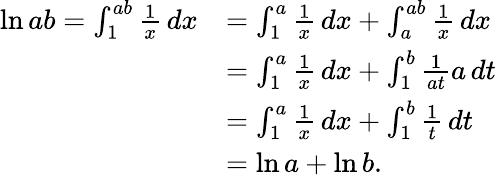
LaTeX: {\begin{array}{rl}{\ln ab=\int_{1}^{ab}{\frac{1}{x}}\, dx}&{=\int_{1}^{a}{\frac{1}{x}}\, dx+\int_{a}^{ab}{\frac{1}{x}}\, dx}\\ &{=\int_{1}^{a}{\frac{1}{x}}\, dx+\int_{1}^{b}{\frac{1}{at}}a\, dt}\\ &{=\int_{1}^{a}{\frac{1}{x}}\, dx+\int_{1}^{b}{\frac{1}{t}}\, dt}\\ &{=\ln a+\ln b.}\end{array}}